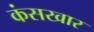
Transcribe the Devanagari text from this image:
कंसखार